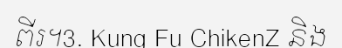
ពីរ។3. Kung Fu ChikenZ និង